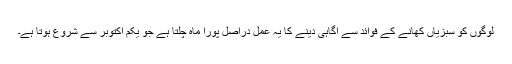
لوگوں کو سبزیاں کھانے کے فوائد سے آگاہی دینے کا یہ عمل دراصل پورا ماہ چلتا ہے جو یکم اکتوبر سے شروع ہوتا ہے۔